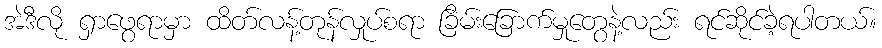
အဲဒီလို ရှာဖွေရာမှာ ထိတ်လန့်တုန်လှုပ်စရာ ခြိမ်းခြောက်မှုတွေနဲ့လည်း ရင်ဆိုင်ခဲ့ရပါတယ်။